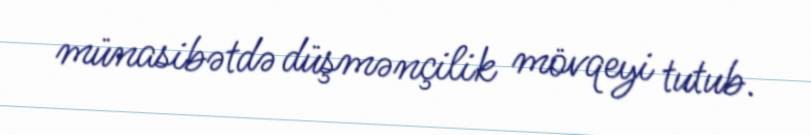
münasibətdə düşmənçilik mövqeyi tutub.